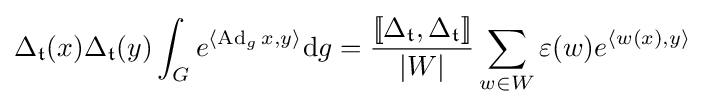
\Delta _{\mathfrak {t}}(x)\Delta _{\mathfrak {t}}(y)\int _{G}e^{\langle \operatorname {Ad} _{g}x,y\rangle }\mathrm {d} g={\frac {[\![\Delta _{\mathfrak {t}},\Delta _{\mathfrak {t}}]\!]}{|W|}}\sum \limits _{w\in W}\varepsilon (w)e^{\langle w(x),y\rangle }